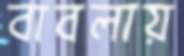
বাবলায়